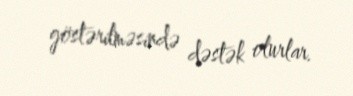
göstərilməsində dəstək olurlar.